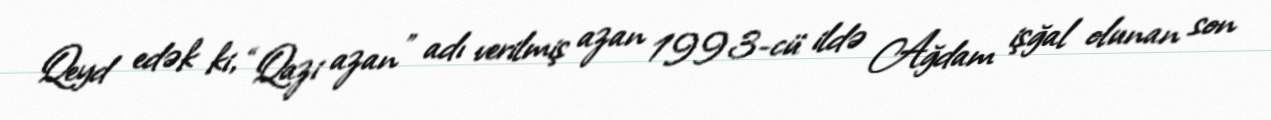
Qeyd edək ki, “Qazi azan” adı verilmiş azan 1993-cü ildə Ağdam işğal olunan son